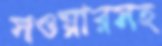
সওয়ারসহ